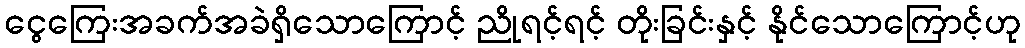
ငွေကြေးအခက်အခဲရှိသောကြောင့် ညိုရင့်ရင့် တိုးခြင်းနှင့် နိုင်သောကြောင့်ဟု